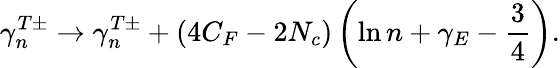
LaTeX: \gamma_{n}^{T\pm}\rightarrow\gamma_{n}^{T\pm}+(4C_{F}-2N_{c})\left(\ln n+\gamma_{E}-\frac{3}{4}\right).